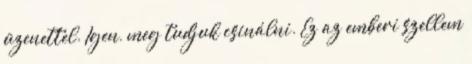
üzenettel. Igen, meg tudjuk csinálni. Ez az emberi szellem